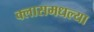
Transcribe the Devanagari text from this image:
क्लासमधल्या